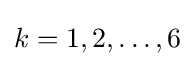
{\textstyle k=1,2,\ldots ,6}